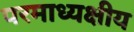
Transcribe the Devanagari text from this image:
परमाध्यक्षीय